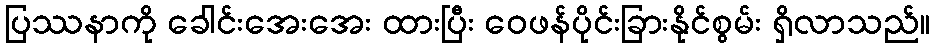
ပြဿနာကို ခေါင်းအေးအေး ထားပြီး ဝေဖန်ပိုင်းခြားနိုင်စွမ်း ရှိလာသည်။